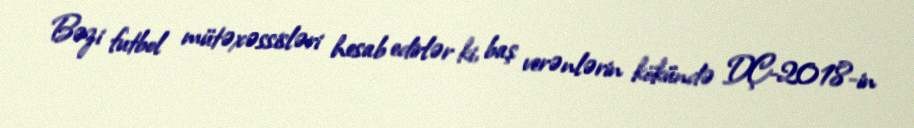
Bəzi futbol mütəxəssisləri hesab edirlər ki, baş verənlərin kökündə DÇ-2018-in